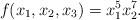
LaTeX: \begin{align*}f(x_1,x_2,x_3) = x_1^5 x_2^7.\end{align*}